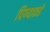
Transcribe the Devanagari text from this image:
पिण्याकडे